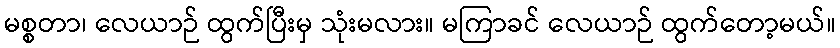
မစ္စတာ၊ လေယာဉ် ထွက်ပြီးမှ သုံးမလား။ မကြာခင် လေယာဉ် ထွက်တော့မယ်။